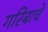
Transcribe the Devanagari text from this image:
गरिबाचे